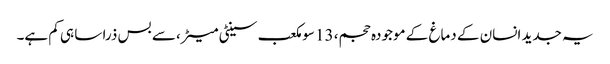
یہ جدید انسان کے دماغ کے موجودہ حجم، 13 سو مکعب سینٹی میٹر، سے بس ذرا سا ہی کم ہے۔